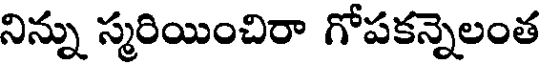
నిన్ను స్మరియించిరా గోపకన్నెలంత